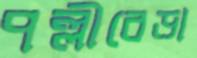
পল্লীবেড়া